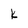
Character: k